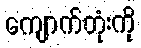
ကျောက်တုံးကို